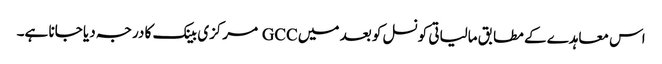
اس معاہدے کے مطابق مالیاتی کونسل کو بعد میں GCC مرکزی بینک کا درجہ دیا جانا ہے۔